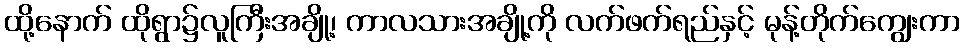
ထို့နောက် ထိုရွာ၌လူကြီးအချို့၊ ကာလသားအချို့ကို လက်ဖက်ရည်နှင့် မုန့်တိုက်ကျွေးကာ